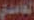
الغامدي